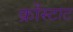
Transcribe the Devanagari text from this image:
क्रोंस्टाट